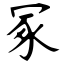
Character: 冢